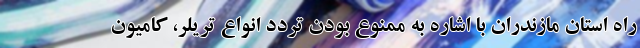
راه استان مازندران با اشاره به ممنوع بودن تردد انواع تریلر، کامیون